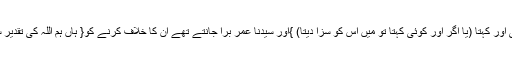
سیدنا عمرؓ نے کہا کہ کاش یہ بات کوئی اور کہتا (یا اگر اور کوئی کہتا تو میں اس کو سزا دیتا) }اور سیدنا عمرؓ بُرا جانتے تھے ان کا خلاف کرنے کو{ ہاں ہم اللہ کی تقدیر سے اللہ کی تقدیر کی طرف بھاگتے ہیں۔